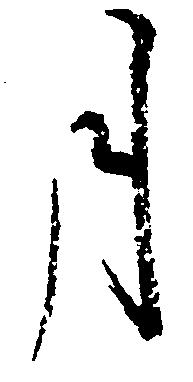
月